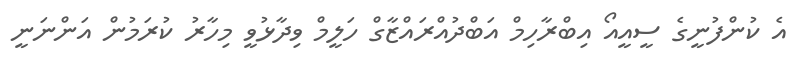
އެ ކުންފުނީގެ ސީއީއޯ އިބްރާހިމް އަބްދުއްރައްޒާގް ހަލީމް ވިދާޅުވީ މިހާރު ކުރަމުން އަންނަނީ